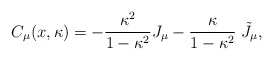
\begin{align*}C_\mu (x,\kappa )=-\frac{\kappa ^2}{1-\kappa ^2}J_\mu -\frac \kappa{1-\kappa ^2}\;\tilde J_\mu ,\end{align*}